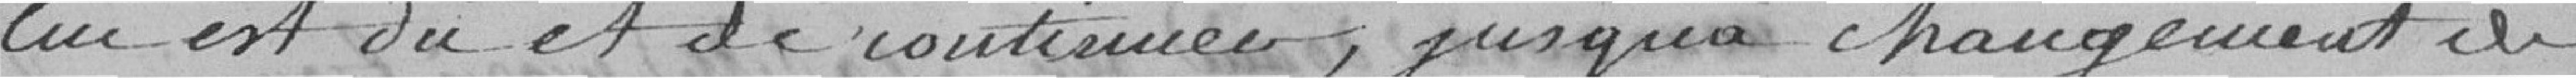
lui est dû et de continuer, jusqu'à changement de